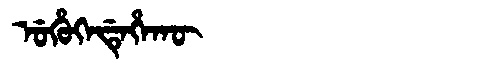
Manchu: ᡠᡥᡠᡴᡝᡩᡝᡥᠠᡴᡡ
Romanization: UHUKEDEHAKŪ